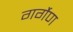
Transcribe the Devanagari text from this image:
गर्गेण